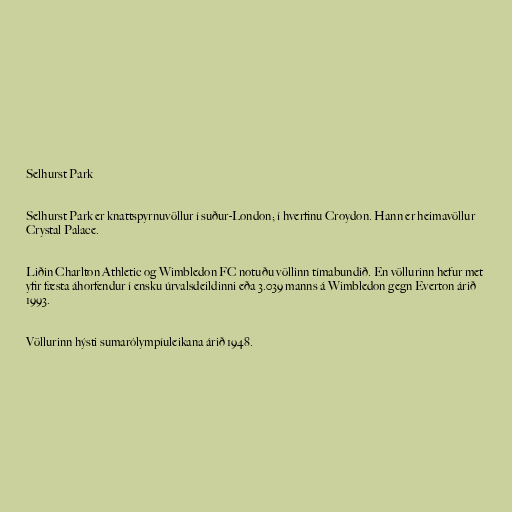
Selhurst Park

Selhurst Park er knattspyrnuvöllur í suður-London; í hverfinu Croydon. Hann er heimavöllur
Crystal Palace.

Liðin Charlton Athletic og Wimbledon FC notuðu völlinn tímabundið. En völlurinn hefur met
yfir fæsta áhorfendur í ensku úrvalsdeildinni eða 3.039 manns á Wimbledon gegn Everton árið
1993.

Völlurinn hýsti sumarólympíuleikana árið 1948.